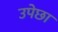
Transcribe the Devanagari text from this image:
उपेछा